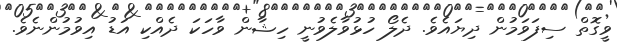
ވީގޮތް ސިފަވަމުން ދިޔައެވެ. ދެލޯ ހުޅުވާލެވުނީ ހިޝާން ވާހަކަ ދެއްކި އަޑު އިވުމުންނެވެ.